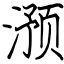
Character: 滪